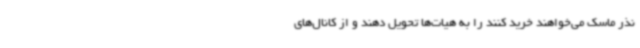
نذر ماسک می‌خواهند خرید کنند را به هیات‌ها تحویل دهند و از کانال‌های